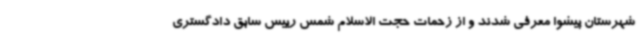
شهرستان پیشوا معرفی شدند و از زحمات حجت الاسلام شمس رییس سابق دادگستری